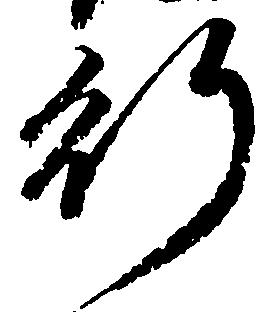
行